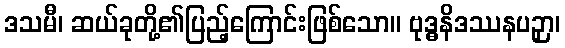
ဒသမီ၊ ဆယ်ခုတို့၏ပြည့်ကြောင်းဖြစ်သော။ ဗုဒ္ဓနိဒဿနပဉှာ၊